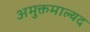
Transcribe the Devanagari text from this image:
अमुक्तमाल्यद